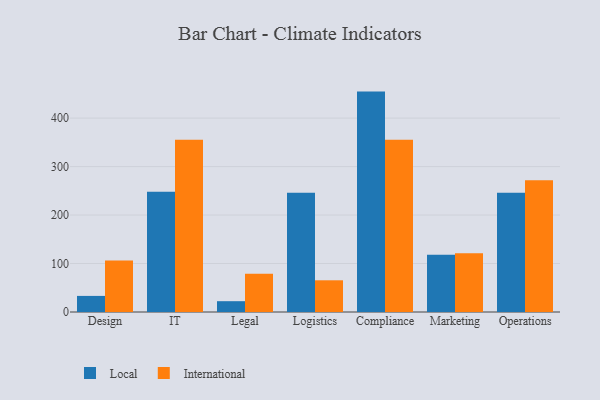
{"axis": {"x": "Department", "y": "Population (Million)"}, "legend": ["International", "Local"], "data": [{"x": "Design", "y": 33.2, "type": "Local"}, {"x": "Design", "y": 106.3, "type": "International"}, {"x": "IT", "y": 248.2, "type": "Local"}, {"x": "IT", "y": 355.6, "type": "International"}, {"x": "Legal", "y": 22.3, "type": "Local"}, {"x": "Legal", "y": 79.1, "type": "International"}, {"x": "Logistics", "y": 245.8, "type": "Local"}, {"x": "Logistics", "y": 65.4, "type": "International"}, {"x": "Compliance", "y": 454.7, "type": "Local"}, {"x": "Compliance", "y": 355.5, "type": "International"}, {"x": "Marketing", "y": 118.1, "type": "Local"}, {"x": "Marketing", "y": 121.1, "type": "International"}, {"x": "Operations", "y": 246.1, "type": "Local"}, {"x": "Operations", "y": 271.6, "type": "International"}]}